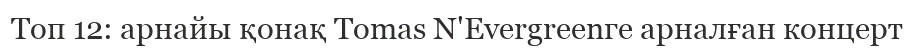
Топ 12: арнайы қонақ Tomas N'Evergreenге арналған концерт